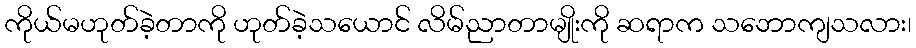
ကိုယ်မဟုတ်ခဲ့တာကို ဟုတ်ခဲ့သယောင် လိမ်ညာတာမျိုးကို ဆရာက သဘောကျသလား၊